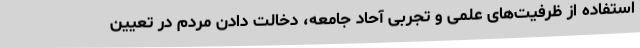
استفاده از ظرفیت‌های علمی و تجربی آحاد جامعه، دخالت دادن مردم در تعیین